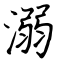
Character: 溺